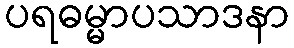
ပရဓမ္မာပသာဒနာ